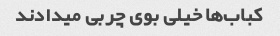
کباب‌ها خیلی بوی چربی میدادند